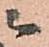
ニ